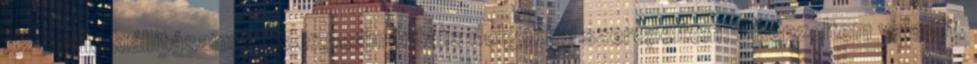
Az önálló kiállításaimon is experimentális dolgokkal szerepeltem. Elképzeltem valamit,